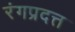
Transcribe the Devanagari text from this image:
रंगप्रदत्त